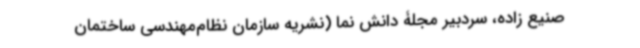
صنیع زاده، سردبیر مجلۀ دانش نما (نشریه سازمان نظام‌مهندسی ساختمان